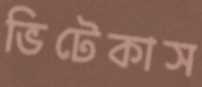
ভিটেকাস